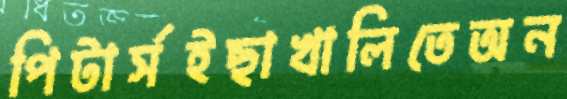
পিটার্সইছাখালিতেঅন